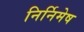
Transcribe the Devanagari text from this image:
निर्निमेष